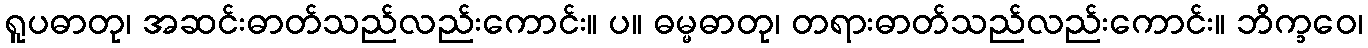
ရူပဓာတု၊ အဆင်းဓာတ်သည်လည်းကောင်း။ ပ။ ဓမ္မဓာတု၊ တရားဓာတ်သည်လည်းကောင်း။ ဘိက္ခဝေ၊